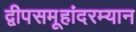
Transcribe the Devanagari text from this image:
द्वीपसमूहांदरम्यान